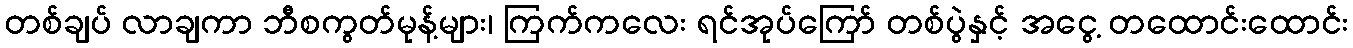
တစ်ချပ် လာချကာ ဘီစကွတ်မုန့်များ၊ ကြက်ကလေး ရင်အုပ်ကြော် တစ်ပွဲနှင့် အငွေ့ တထောင်းထောင်း